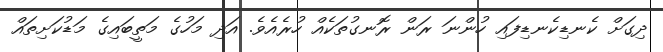
ދިގަށް ކެނޑިކެނޑިފައި ހުންނަ ރަން ރޮނގުތަކެއް ހުރެއެވެ. އަދި މަހުގެ މަތީބައިގެ މަޑުކަށިތައް